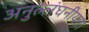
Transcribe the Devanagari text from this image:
अनुल्लंघनीयता